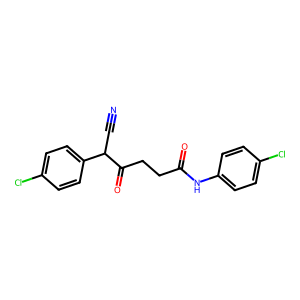
SMILES: N#CC(C(=O)CCC(=O)Nc1ccc(Cl)cc1)c1ccc(Cl)cc1
Inhibits HIV replication: No